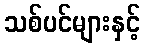
သစ်ပင်များနှင့်